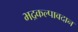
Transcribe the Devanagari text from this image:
भद्रकल्पावदान